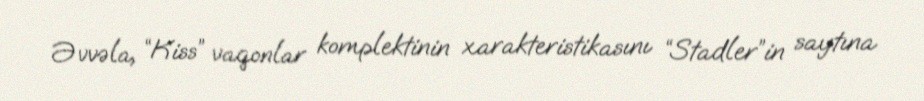
Əvvəla, “Kiss” vaqonlar komplektinin xarakteristikasını “Stadler”in saytına